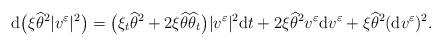
LaTeX: \begin{align*}{\rm d}\big(\xi\widehat\theta^2|v^\varepsilon|^2\big)=\big(\xi_t\widehat\theta^2+2\xi\widehat\theta\widehat\theta_t\big)|v^\varepsilon|^2{\rm d}t+2\xi\widehat\theta^2v^\varepsilon{\rm d}v^\varepsilon+ \xi\widehat\theta^2({\rm d}v^\varepsilon)^2.\end{align*}